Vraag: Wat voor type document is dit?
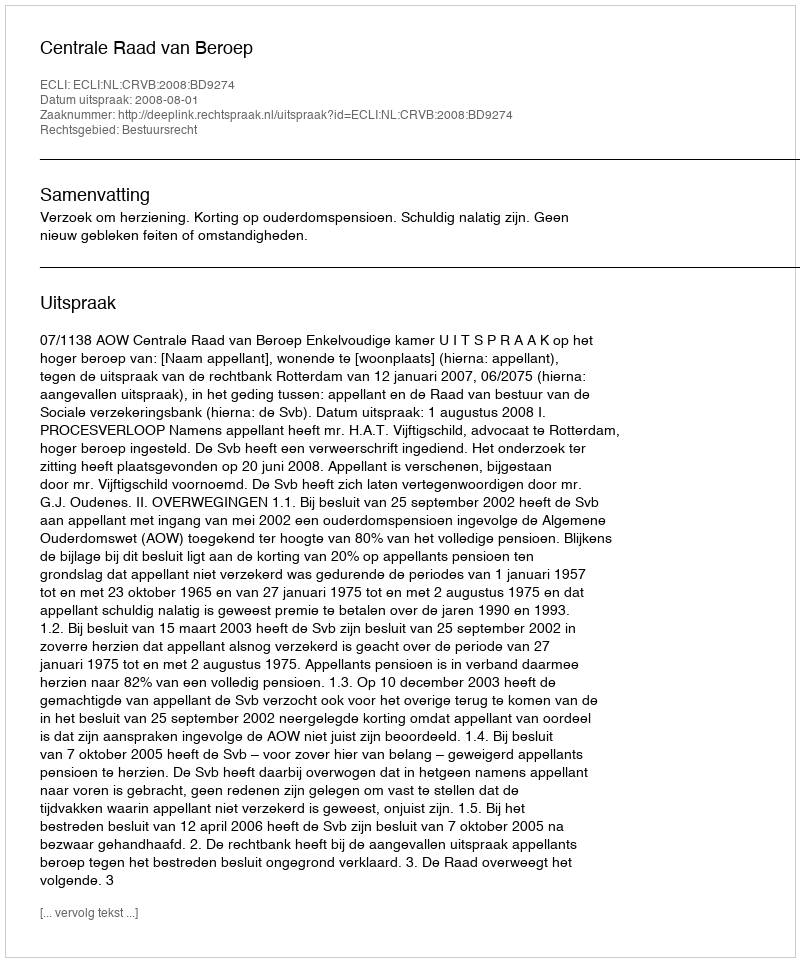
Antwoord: Uitspraak